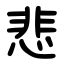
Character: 悲